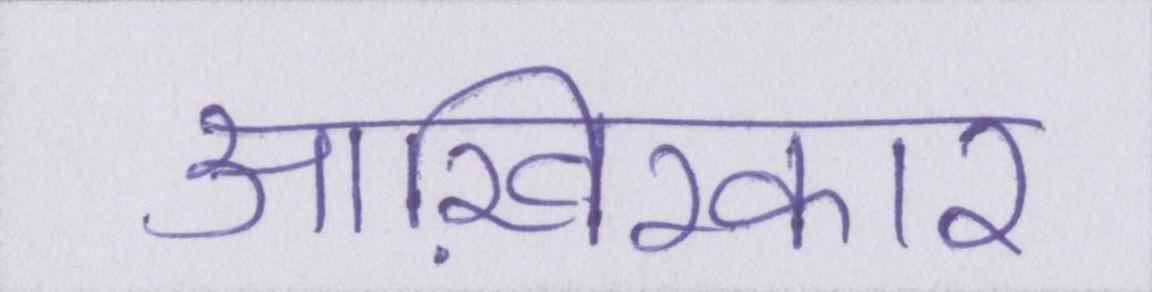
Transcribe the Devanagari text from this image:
आख़िरकार